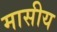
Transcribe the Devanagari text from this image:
मासीय